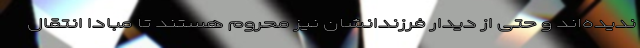
ندیده‌اند و حتی از دیدار فرزندانشان نیز محروم هستند تا مبادا انتقال